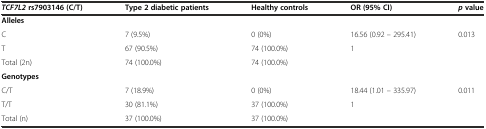
<table><thead><tr><td><b><i>TCF7L2</i>rs7903146 (C/T)</b></td><td><b>Type 2 diabetic patients</b></td><td><b>Healthy controls</b></td><td><b>OR (95% CI)</b></td><td><b><i>p</i>value</b></td></tr></thead><tbody><tr><td><b>Alleles</b></td><td></td><td></td><td></td><td></td></tr><tr><td>C</td><td>7 (9.5%)</td><td>0 (0%)</td><td>16.56 (0.92 – 295.41)</td><td rowspan="2">0.013</td></tr><tr><td>T</td><td>67 (90.5%)</td><td>74 (100.0%)</td><td>1</td></tr><tr><td>Total (2n)</td><td>74 (100.0%)</td><td>74 (100.0%)</td><td></td><td></td></tr><tr><td><b>Genotypes</b></td><td></td><td></td><td></td><td></td></tr><tr><td>C/T</td><td>7 (18.9%)</td><td>0 (0%)</td><td>18.44 (1.01 – 335.97)</td><td rowspan="2">0.011</td></tr><tr><td>T/T</td><td>30 (81.1%)</td><td>37 (100.0%)</td><td>1</td></tr><tr><td>Total (n)</td><td>37 (100.0%)</td><td>37 (100.0%)</td><td></td><td></td></tr></tbody></table>